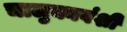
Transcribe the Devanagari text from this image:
चालुक्यवंशी